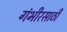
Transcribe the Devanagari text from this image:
गंभीरसाठी